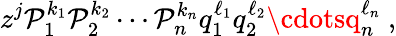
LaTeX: z^{j}\mathcal{P}_{1}^{k_{1}}\mathcal{P}_{2}^{k_{2}}\cdots\mathcal{P}_{n}^{k_{n}}q_{1}^{\ell_{1}}q_{2}^{\ell_{2}}\cdotsq_{n}^{\ell_{n}}~,